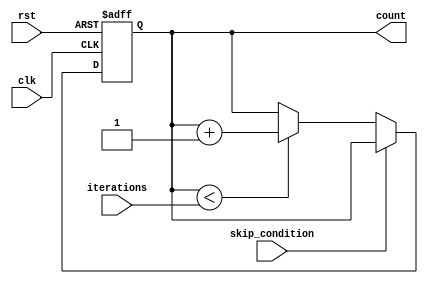
module loop_with_skip (
    input wire clk,
    input wire rst,
    input wire skip_condition,
    input wire [7:0] iterations,
    output reg [7:0] count
);

always @(posedge clk or posedge rst) begin
    if (rst) begin
        count <= 8'd0;
    end else begin
        if (skip_condition) begin
            // Skip the current iteration
        end else begin
            if (count < iterations) begin
                // Perform operations for current iteration
                count <= count + 1;
            end
        end
    end
end

endmodule